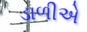
ડાળીએ